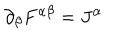
\partial _ { \beta } F ^ { \alpha \beta } = J ^ { \alpha }